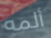
ألمه